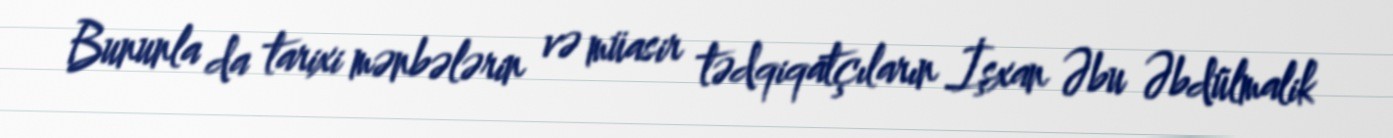
Bununla da tarixi mənbələrin və müasir tədqiqatçıların İşxan Əbu Əbdülmalik